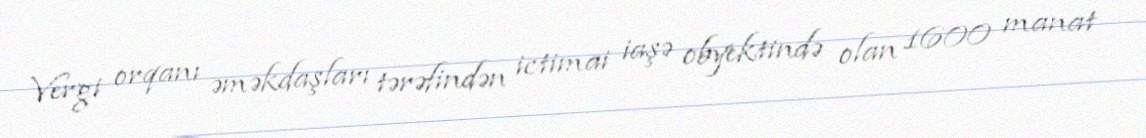
Vergi orqanı əməkdaşları tərəfindən ictimai iaşə obyektində olan 1600 manat